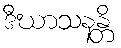
ဒီဃာသနန္တိ